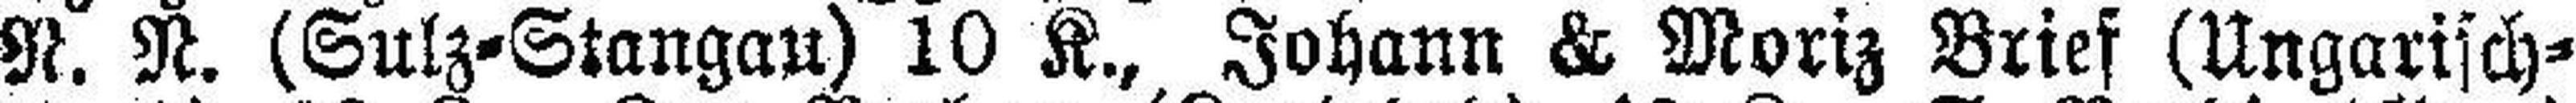
N. N. (Sulz=Stangau) 10 K., Johann & Moriz Brief (Ungarisch=